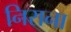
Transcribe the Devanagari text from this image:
निराना